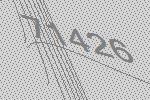
71426